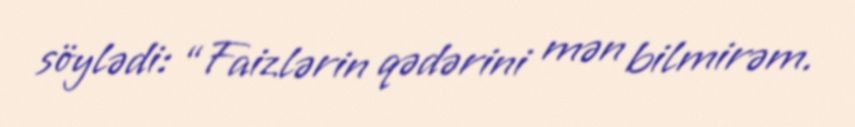
söylədi: “Faizlərin qədərini mən bilmirəm.